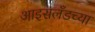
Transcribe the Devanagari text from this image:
आइसलँडच्या